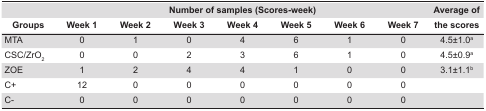
<table><thead><tr><td></td><td colspan="7"><b>Number of samples (Scores-week)</b></td><td rowspan="2"><b>Average of the scores</b></td></tr><tr><td><b>Groups</b></td><td><b>Week 1</b></td><td><b>Week 2</b></td><td><b>Week 3</b></td><td><b>Week 4</b></td><td><b>Week 5</b></td><td><b>Week 6</b></td><td><b>Week 7</b></td></tr></thead><tbody><tr><td>MTA</td><td>0</td><td>1</td><td>0</td><td>4</td><td>6</td><td>1</td><td>0</td><td>4.5±1.0<sup>a</sup></td></tr><tr><td>CSC/ZrO<sub>2</sub></td><td>0</td><td>0</td><td>2</td><td>3</td><td>6</td><td>1</td><td>0</td><td>4.5±0.9<sup>a</sup></td></tr><tr><td>ZOE</td><td>1</td><td>2</td><td>4</td><td>4</td><td>1</td><td>0</td><td>0</td><td>3.1±1.1<sup>b</sup></td></tr><tr><td>C+</td><td>12</td><td>0</td><td>0</td><td>0</td><td>0</td><td>0</td><td>0</td><td></td></tr><tr><td>C-</td><td>0</td><td>0</td><td>0</td><td>0</td><td>0</td><td>0</td><td>0</td><td></td></tr></tbody></table>